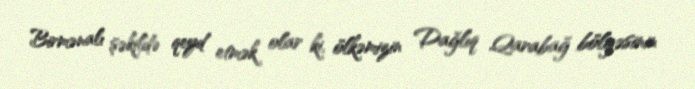
Birmənalı şəkildə qeyd etmək olar ki, ölkəmizin Dağlıq Qarabağ bölgəsinin